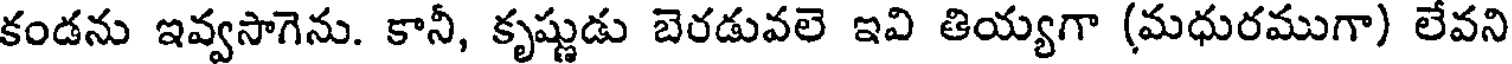
కండను ఇవ్వసాగెను. కానీ, కృష్ణుడు బెరడువలె ఇవి తియ్యగా (మధురముగా) లేవని